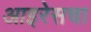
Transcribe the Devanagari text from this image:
आइरेसचा